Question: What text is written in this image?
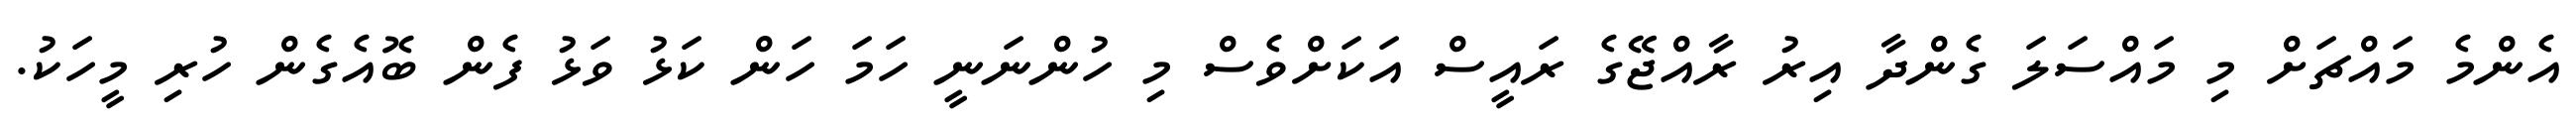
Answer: އެންމެ މައްޗަށް މި މައްސަލަ ގެންދާ އިރު ރާއްޖޭގެ ރައީސް އަކަށްވެސް މި ހުންނަނީ ހަމަ ހަން ކަޅު ވަޅު ފެން ބޮއެގެން ހުރި މީހަކު.